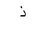
Letter: _thal